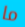
ما